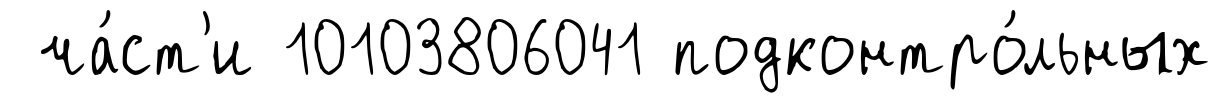
ча́ст'и 10103806041 подконтро́льных